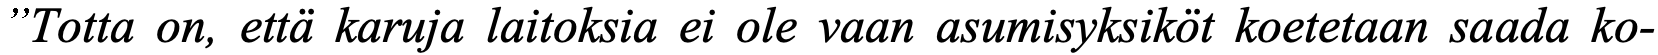
”Totta on, että karuja laitoksia ei ole vaan asumisyksiköt koetetaan saada ko-